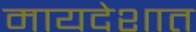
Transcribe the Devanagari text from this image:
मायदेशात